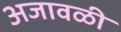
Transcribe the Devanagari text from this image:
अजावळी